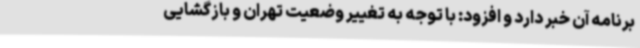
برنامه آن خبر دارد و افزود: با توجه به تغییر وضعیت تهران و بازگشایی